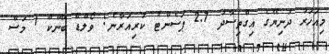
މިއަހަރު ދުނިޔޭގެ އިގްތިސާދު 2.7 ޕަސެންޓު ކުރިއަރާނެ: ވޯލްޑް ބޭންކް 1 މަސް